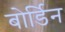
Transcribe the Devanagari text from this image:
बोर्डिन